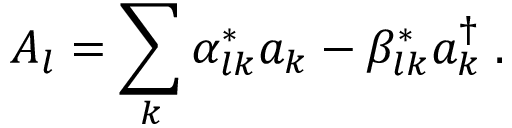
A _ { l } = \sum _ { k } \alpha _ { l k } ^ { * } a _ { k } - \beta _ { l k } ^ { * } a _ { k } ^ { \dagger } \; .